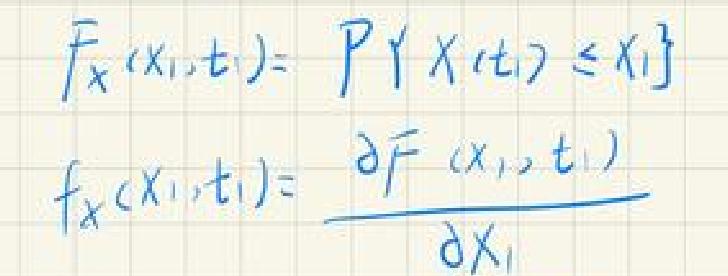
\[
\begin{align*}
F_X(x_1,t)&=P\{X(t)\leq x_1\}\\
f_X(x_1,t_1)&=\frac{\partial F(x_1,t_1)}{\partial x_1}
\end{align*}
\]